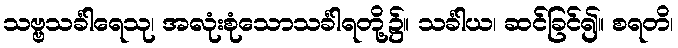
သဗ္ဗသင်္ခါရေသု၊ အလုံးစုံသောသင်္ခါရတို့၌။ သင်္ခါယ၊ ဆင်ခြင်၍။ စရတိ၊